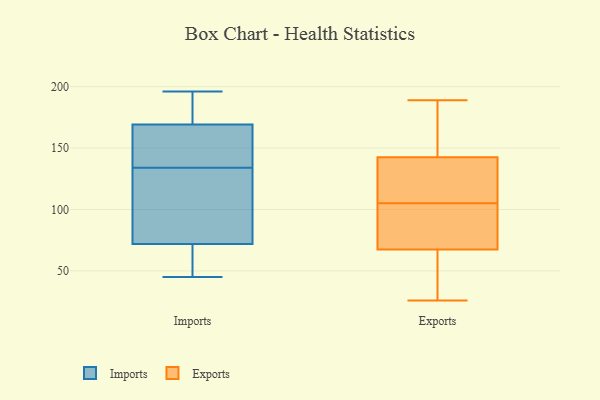
{"axis": {"x": "Market Share (%)", "y": "Value"}, "legend": ["Exports", "Imports"], "data": [{"x": "", "y": 137, "type": "Imports"}, {"x": "", "y": 52, "type": "Imports"}, {"x": "", "y": 75, "type": "Imports"}, {"x": "", "y": 45, "type": "Imports"}, {"x": "", "y": 48, "type": "Imports"}, {"x": "", "y": 92, "type": "Imports"}, {"x": "", "y": 60, "type": "Imports"}, {"x": "", "y": 119, "type": "Imports"}, {"x": "", "y": 163, "type": "Imports"}, {"x": "", "y": 196, "type": "Imports"}, {"x": "", "y": 193, "type": "Imports"}, {"x": "", "y": 154, "type": "Imports"}, {"x": "", "y": 176, "type": "Imports"}, {"x": "", "y": 171, "type": "Imports"}, {"x": "", "y": 164, "type": "Imports"}, {"x": "", "y": 107, "type": "Imports"}, {"x": "", "y": 134, "type": "Imports"}, {"x": "", "y": 185, "type": "Imports"}, {"x": "", "y": 71, "type": "Imports"}, {"x": "", "y": 105, "type": "Exports"}, {"x": "", "y": 26, "type": "Exports"}, {"x": "", "y": 56, "type": "Exports"}, {"x": "", "y": 94, "type": "Exports"}, {"x": "", "y": 117, "type": "Exports"}, {"x": "", "y": 65, "type": "Exports"}, {"x": "", "y": 76, "type": "Exports"}, {"x": "", "y": 161, "type": "Exports"}, {"x": "", "y": 120, "type": "Exports"}, {"x": "", "y": 138, "type": "Exports"}, {"x": "", "y": 46, "type": "Exports"}, {"x": "", "y": 65, "type": "Exports"}, {"x": "", "y": 86, "type": "Exports"}, {"x": "", "y": 75, "type": "Exports"}, {"x": "", "y": 144, "type": "Exports"}, {"x": "", "y": 175, "type": "Exports"}, {"x": "", "y": 175, "type": "Exports"}, {"x": "", "y": 134, "type": "Exports"}, {"x": "", "y": 189, "type": "Exports"}]}